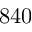
8 4 0